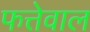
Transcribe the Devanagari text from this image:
फत्तेवाल